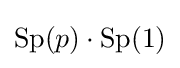
\mathrm {Sp} (p)\cdot \mathrm {Sp} (1)